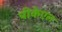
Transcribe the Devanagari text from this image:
पीकेएल